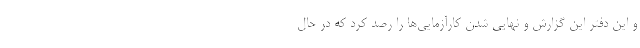
و این دفتر این گزارش و نهایی شدن کارآزمایی‌ها را رصد کرد که در حال